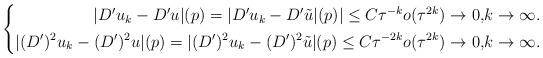
LaTeX: \begin{align*}\left\{\begin{aligned}| D' u_k - D' u |(p) = | D' u_k - D' \tilde u| (p) |\le C \tau^{-k}o(\tau^{2k}) \to 0, & k\to\infty. \\ | (D')^2 u_k - (D')^2 u| (p) = | (D')^2 u_k - (D')^2 \tilde u| (p) \le C\tau^{-2k} o(\tau^{2k}) \to 0, & k\to\infty.\end{aligned}\right.\end{align*}